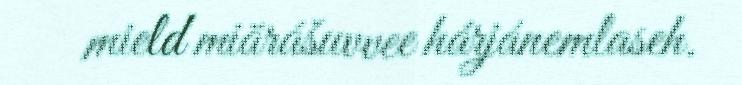
mield miärášuvvee hárjánemlaseh.